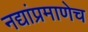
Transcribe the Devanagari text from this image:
नद्यांप्रमाणेच